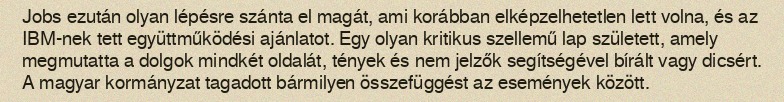
Jobs ezután olyan lépésre szánta el magát, ami korábban elképzelhetetlen lett volna, és az IBM-nek tett együttműködési ajánlatot. Egy olyan kritikus szellemű lap született, amely megmutatta a dolgok mindkét oldalát, tények és nem jelzők segítségével bírált vagy dicsért. A magyar kormányzat tagadott bármilyen összefüggést az események között.